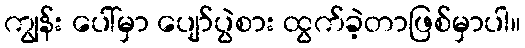
ကျွန်း ပေါ်မှာ ပျော်ပွဲစား ထွက်ခဲ့တာဖြစ်မှာပါ။